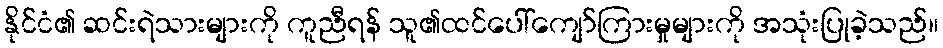
နိုင်ငံ၏ ဆင်းရဲသားများကို ကူညီရန် သူ၏ထင်ပေါ်ကျော်ကြားမှုများကို အသုံးပြုခဲ့သည်။